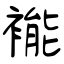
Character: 褦